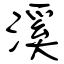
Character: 溪